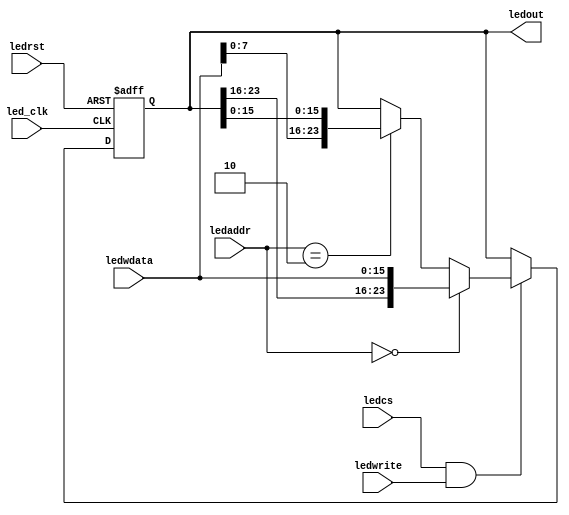
`timescale 1ns / 1ps
//////////////////////////////////////////////////////////////////////////////////

module leds(led_clk, ledrst, ledwrite, ledcs, ledaddr,ledwdata, ledout);
    input led_clk;    		    // ??????
    input ledrst; 		        // ?????
    input ledwrite;		       // ???
    input ledcs;		      // ??memorio???????????????LED?????   !!!!!!!!!!!!!!!!!
    input[1:0] ledaddr;	        //  ??LED?????????  !!!!!!!!!!!!!!!!!!!!
    input[15:0] ledwdata;	  //  ??LED?????????????????????16??
    output[23:0] ledout;	//  ????????????24LED???
  
    reg [23:0] ledout;
    
    always@(posedge led_clk or posedge ledrst) begin
        if(ledrst) begin
            ledout <= 24'h000000;
        end
		//!!!!!!!!!!!!!!!!!!!!!!!!!!!!!!!!!!!
		else if(ledcs && ledwrite) begin
			if(ledaddr == 2'b00)
				ledout[23:0] <= { ledout[23:16], ledwdata[15:0] };
			else if(ledaddr == 2'b10 )
				ledout[23:0] <= { ledwdata[7:0], ledout[15:0] };
			else
				ledout <= ledout;
        end
		else begin
            ledout <= ledout;
        end
    end
endmodule